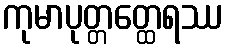
ကုမာပုတ္တတ္ထေရဿ